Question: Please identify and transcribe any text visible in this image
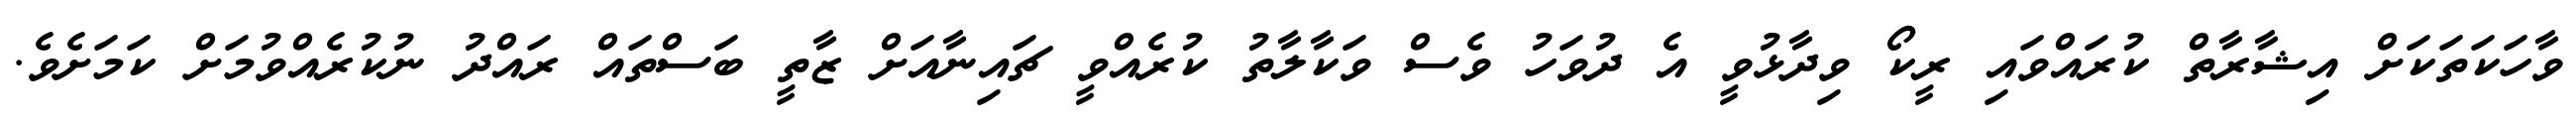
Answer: ވާހަކަތަކަށް އިޝާރާތް ކުރައްވައި ރީކޯ ވިދާޅުވީ އެ ދުވަހު ވެސް ވަކާލާތު ކުރެއްވީ ޗައިނާއަށް ޒާތީ ބަސްތައް ރައްދު ނުކުރެއްވުމަށް ކަމަށެވެ.